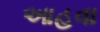
આહવા